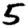
Digit: 5